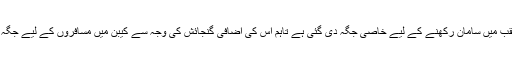
گو کہ اس کے عقب میں سامان رکھنے کے لیے خاصی جگہ دی گئی ہے تاہم اس کی اضافی گنجائش کی وجہ سے کیبن میں مسافروں کے لیے جگہ تنگ ہو گئی ہے۔